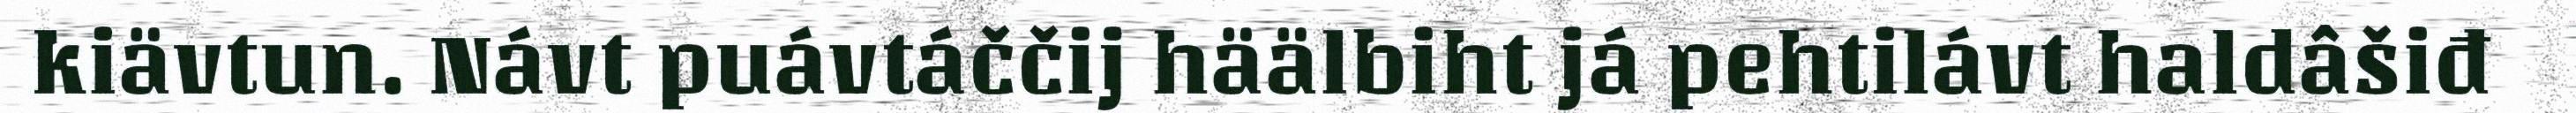
kiävtun. Návt puávtáččij häälbiht já pehtilávt haldâšiđ